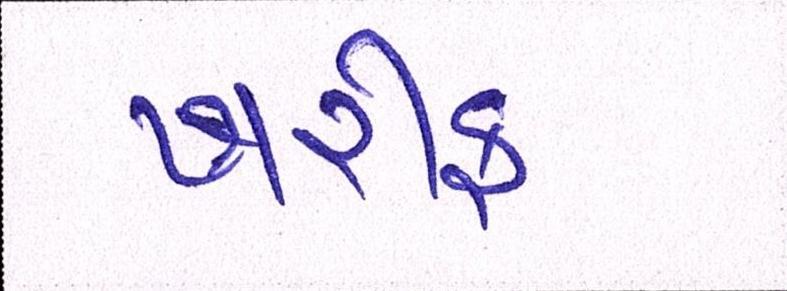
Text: ખરીફ